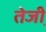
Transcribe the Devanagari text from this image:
तेजी़